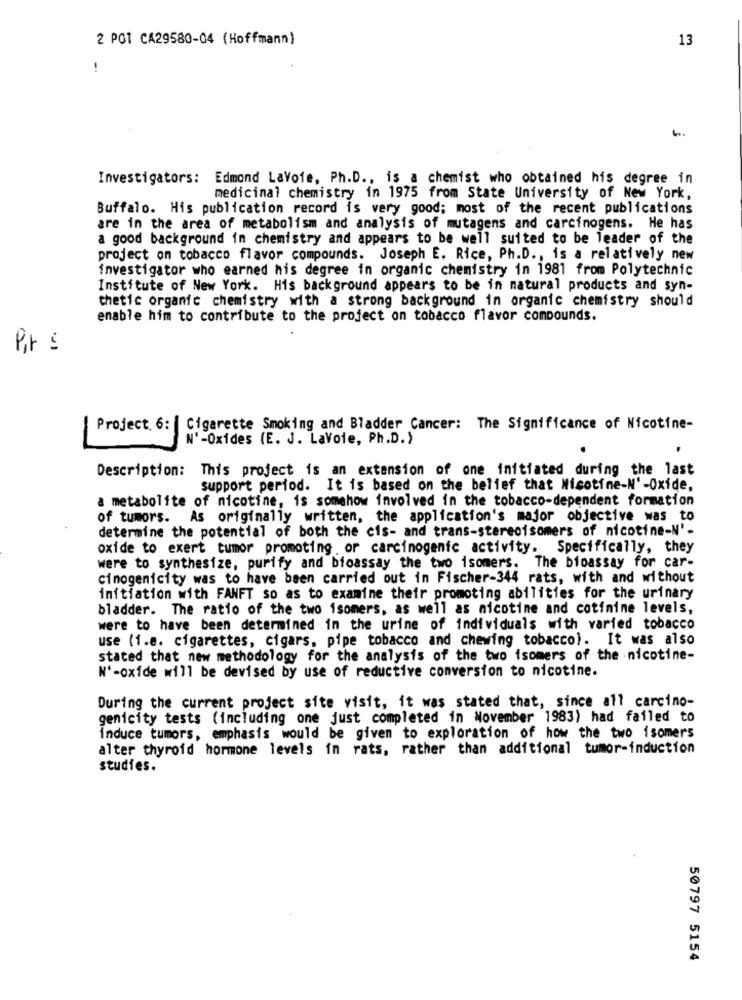
2 POT CA29580-04 (Hoffmann)
13
Investigators: Edmond LaVoie, Ph.D ., is a chemist who obtained his degree in
medicinal chemistry in 1975 from State University of New York,
Buffalo. His publication record is very good; most of the recent publications
are in the area of metabolism and analysis of mutagens and carcinogens. He has
a good background in chemistry and appears to be well suited to be leader of the
project on tobacco flavor compounds. Joseph E. Rice, Ph.D ., is a relatively new
investigator who earned his degree in organic chemistry in 1981 from Polytechnic
Institute of New York. His background appears to be in natural products and syn-
thetic organic chemistry with a strong background in organic chemistry should
enable him to contribute to the project on tobacco flavor compounds.
Pit s
Project. 6: | Cigarette Smoking and Bladder Cancer: The Significance of Nicotine-
N'-Oxides (E. J. Lavoie, Ph.D.)
Description: This project is an extension of one initiated during the last
support period. It is based on the belief that Nicotine-N'-Oxide,
a metabolite of nicotine, is somehow involved in the tobacco-dependent formation
of tumors. As originally written, the application's major objective was to
determine the potential of both the cis- and trans-stereoisomers of nicotine-N'-
oxide to exert tumor promoting or carcinogenic activity. Specifically, they
were to synthesize, purify and bioassay the two isomers. The bioassay for car-
cinogenicity was to have been carried out in Fischer-344 rats, with and without
initiation with FANFT so as to examine their promoting abilities for the urinary
bladder. The ratio of the two isomers, as well as nicotine and cotinine levels,
were to have been determined in the urine of individuals with varied tobacco
use (1.e. cigarettes, cigars, pipe tobacco and chewing tobacco). It was also
stated that new methodology for the analysis of the two isomers of the nicotine-
N'-oxide will be devised by use of reductive conversion to nicotine.
During the current project site visit, it was stated that, since all carcino-
genicity tests (including one just completed in November 1983) had failed to
induce tumors, emphasis would be given to exploration of how the two isomers
alter thyroid hormone levels in rats, rather than additional tumor-induction
studies.
50797 5154